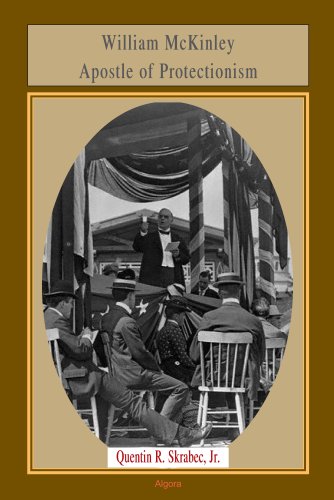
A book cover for William McKinley, Apostle of Protectionism; Quentin R. Skrabec Jr.; Business & Money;